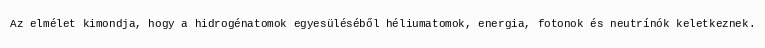
Az elmélet kimondja, hogy a hidrogénatomok egyesüléséből héliumatomok, energia, fotonok és neutrínók keletkeznek.